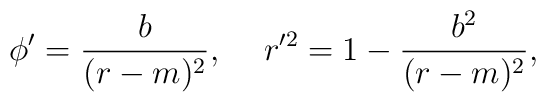
\phi'=\frac{b}{(r-m)^2},\hspace*{5mm}r'^2=1-\frac{b^2}{(r-m)^2},